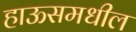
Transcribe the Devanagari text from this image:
हाऊसमधील